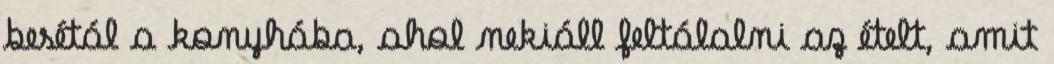
besétál a konyhába, ahol nekiáll feltálalni az ételt, amit